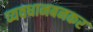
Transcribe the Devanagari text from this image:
व्यवधानबनकर